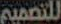
للتصميم